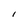
Character: I